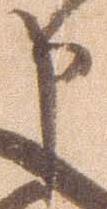
申